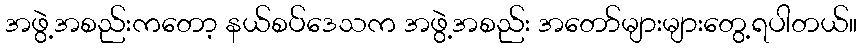
အဖွဲ့အစည်းကတော့ နယ်စပ်ဒေသက အဖွဲ့အစည်း အတော်များများတွေ့ရပါတယ်။